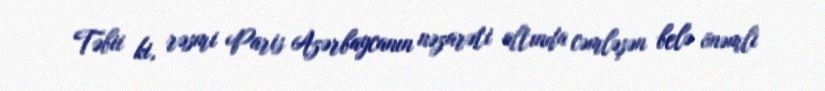
Təbii ki, rəsmi Paris Azərbaycanın nəzarəti altında cəmləşən belə önəmli